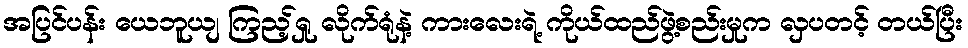
အပြင်ပန်း ယေဘူယျ ကြည့်ရှု လိုက်ရုံနဲ့ ကားလေးရဲ့ ကိုယ်ထည်ဖွဲ့စည်းမှုက လှပတင့် တယ်ပြီး